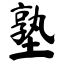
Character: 塾